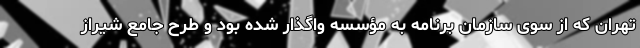
تهران که از سوی سازمان برنامه به مؤسسه واگذار شده بود و طرح جامع شیراز